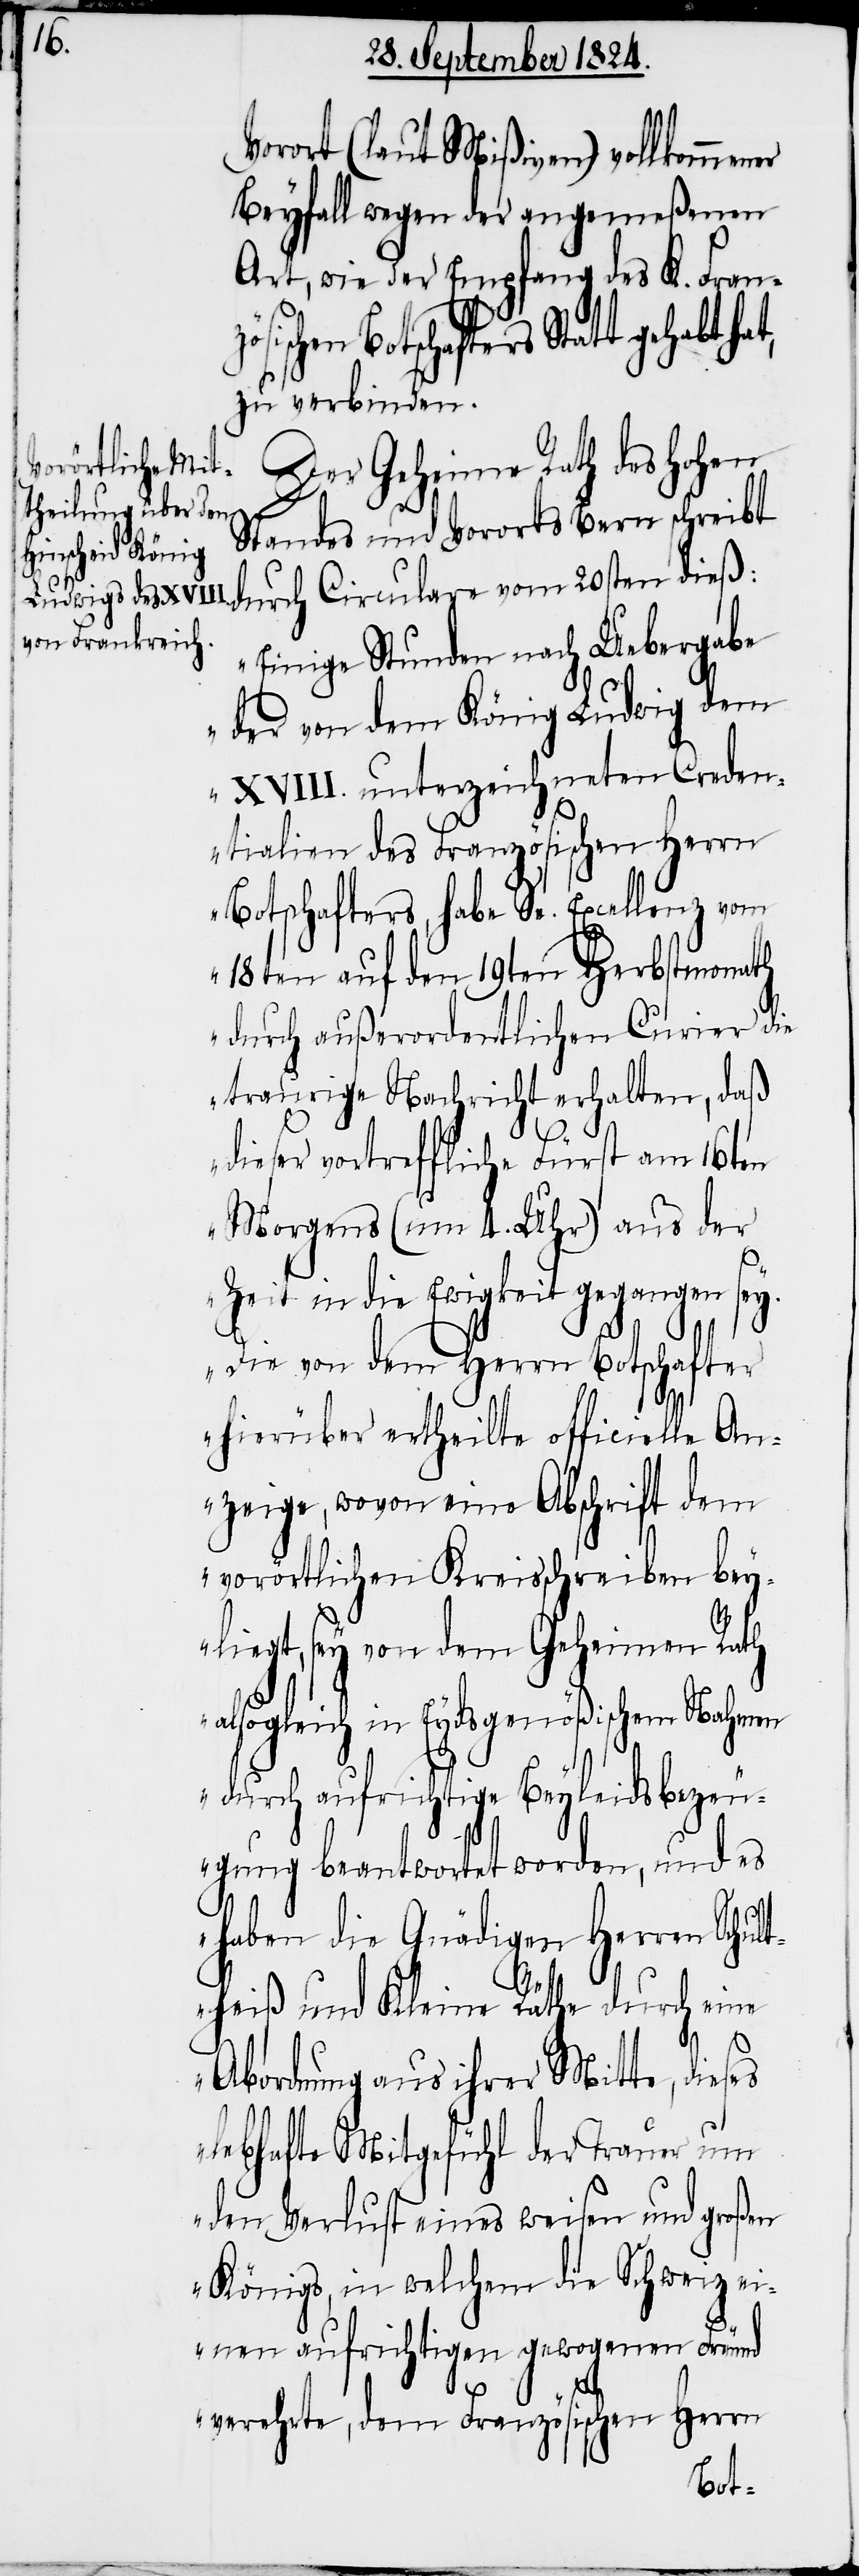
Vorort (laut Mißiven) vollkommener
Beyfall wegen der angemeßenen
Art, wie der Empfang des K. Franzö¬
sischen Botschafters Statt gehabt
zu verbinden.
Der Geheime Rath des Hohen
Standen und Vorots Bern schreibt
durch Circulare vom 20sten dieß:
„Einige Stunden nach Uebergabe
der von dem König Ludwig dem
XVIII. unterzeichneten Creden¬
tialien des Französischen Herrn
Botschafters, habe Se. Excellenz vom
18ten auf den 19ten Herbstmonath
durch außerordentlichen Curier die
traurige Nachricht erhalten, daß
dieser vortreffliche Fürst am 16ten
Morgens (um 4. Uhr) aus der
Zeit in die Ewigkeit gegangen sey.
Die von dem Herrn Botschafter
hierüber ertheilte officielle An¬
zeige, wovon eine Abschrift dem
vorörtlichen Kreisschreiben bey¬
liegt, sey von dem Geheimen Rath
alsogleich in Eydsgenößischem Nahmen
durch aufrichtige Beyleidsbezeu¬
gung beantwortet worden, und es
haben die Gnädigen Herren Schu¬
ltheiß und Kleine Räthe durch eine
Abordnung aus ihrer Mitte, dieses
lebhafte Mitgefühl der Trauer um
den Verlust eines weisen und großen
Königs, in welchem die Schweiz ei¬
nen aufrichtigen gewogenen Freund
verehrte, dem Französischen Herrn